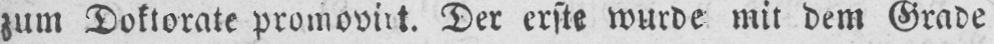
zum Doktorate promovirt. Der erste wurde mit dem Grade